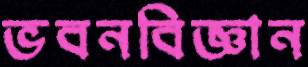
ভবনবিজ্ঞান